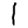
Digit: 1